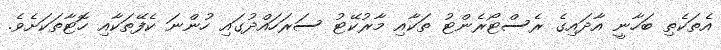
އެތަކެތި ބަހާނީ އާދައިގެ ރެސްޓޯރެންޓު ތަކާއި މާރުކޭޓު ސަރަހައްދުގައި ހުންނަ ކެފޭތަކާއި ހޮޓާތަކަށެވެ.